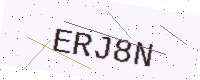
Text: ERJ8N